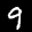
Label: 9